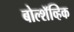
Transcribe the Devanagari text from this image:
बोल्शॅव्हिक